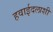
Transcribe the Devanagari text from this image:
हवाईदलाशी